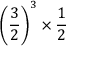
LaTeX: \left( { \frac { 3 } { 2 } } \right) ^ { 3 } \times { \frac { 1 } { 2 } }